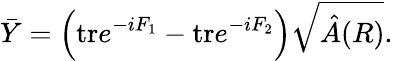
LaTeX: \bar{Y}=\Big(\mathrm{tr}e^{-iF_{1}}-\mathrm{tr}e^{-iF_{2}}\Big)\sqrt{\hat{A}(R)}.